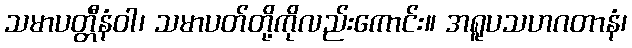
သမာပတ္တီနံဝါ၊ သမာပတ်တို့ကိုလည်းကောင်း။ အရူပသဟဂတာနံ၊